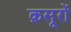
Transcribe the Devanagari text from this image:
क़सूरों